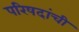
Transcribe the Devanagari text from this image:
परिषदांची